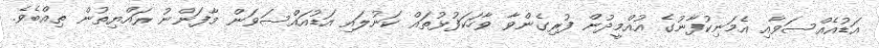
އަޑުއެއްސަވާއި އެމަނިކުފާނުގެ އުއްމީދުން ފުރިގެންވާ ވާހަކަފުޅުތައް ކަނުލައި އަޑުއައްސަވަން މާފަންނު ރައްޔިތުން ތިއްބެވެ.